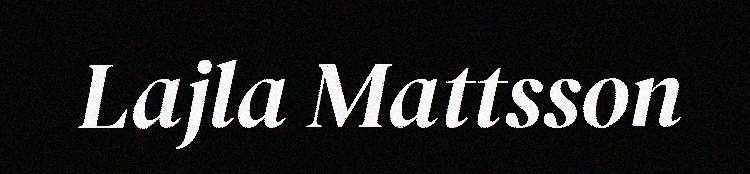
Lajla Mattsson